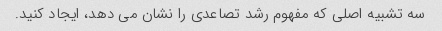
سه تشبیه اصلی که مفهوم رشد تصاعدی را نشان می دهد، ایجاد کنید.